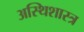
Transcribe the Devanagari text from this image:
अस्थिशास्त्र